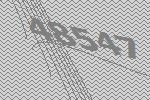
48547